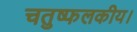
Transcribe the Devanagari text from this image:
चतुष्फलकीय।